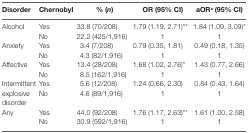
<table><thead><tr><td><b>Disorder</b></td><td><b>Chernobyl</b></td><td><b>% (<i>n</i>)</b></td><td><b>OR (95% CI)</b></td><td><b>aOR<sup>a</sup> (95% CI)</b></td></tr></thead><tbody><tr><td rowspan="2">Alcohol</td><td>Yes</td><td>33.8 (70/208)</td><td>1.79 (1.19, 2.71)**</td><td>1.84 (1.09, 3.09)*</td></tr><tr><td>No</td><td>22.2 (425/1,916)</td><td>1</td><td>1</td></tr><tr><td rowspan="2">Anxiety</td><td>Yes</td><td>3.4 (7/208)</td><td>0.79 (0.35, 1.81)</td><td>0.49 (0.18, 1.35)</td></tr><tr><td>No</td><td>4.3 (82/1,916)</td><td>1</td><td>1</td></tr><tr><td rowspan="2">Affective</td><td>Yes</td><td>13.4 (28/208)</td><td>1.68 (1.02, 2.76)*</td><td>1.43 (0.77, 2.66)</td></tr><tr><td>No</td><td>8.5 (162/1,916)</td><td>1</td><td>1</td></tr><tr><td rowspan="2">Intermittent explosive disorder</td><td>Yes</td><td>5.6 (12/208)</td><td>1.24 (0.66, 2.30)</td><td>0.84 (0.43, 1.64)</td></tr><tr><td>No</td><td>4.6 (89/1,916)</td><td>1</td><td>1</td></tr><tr><td rowspan="2">Any</td><td>Yes</td><td>44.0 (92/208)</td><td>1.76 (1.17, 2.63)**</td><td>1.61 (1.00, 2.58)</td></tr><tr><td>No</td><td>30.9 (592/1,916)</td><td>1</td><td>1</td></tr></tbody></table>